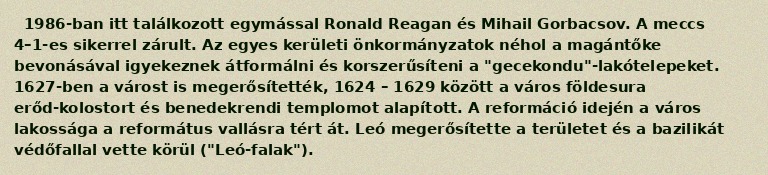
1986-ban itt találkozott egymással Ronald Reagan és Mihail Gorbacsov. A meccs 4–1-es sikerrel zárult. Az egyes kerületi önkormányzatok néhol a magántőke bevonásával igyekeznek átformálni és korszerűsíteni a "gecekondu"-lakótelepeket. 1627-ben a várost is megerősítették, 1624 – 1629 között a város földesura erőd-kolostort és benedekrendi templomot alapított. A reformáció idején a város lakossága a református vallásra tért át. Leó megerősítette a területet és a bazilikát védőfallal vette körül ("Leó-falak").